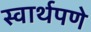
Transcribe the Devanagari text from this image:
स्वार्थपणे